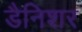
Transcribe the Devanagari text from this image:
डैनिशर